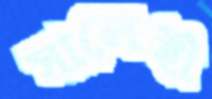
সালেহী